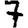
Digit: 7